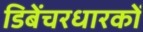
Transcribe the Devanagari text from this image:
डिबेंचरधारकों